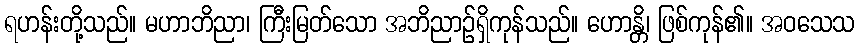
ရဟန်းတို့သည်။ မဟာဘိညာ၊ ကြီးမြတ်သော အဘိညာဉ်ရှိကုန်သည်။ ဟောန္တိ၊ ဖြစ်ကုန်၏။ အဝသေသ